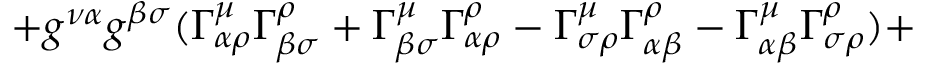
+ g ^ { \nu \alpha } g ^ { \beta \sigma } ( \Gamma _ { \alpha \rho } ^ { \mu } \Gamma _ { \beta \sigma } ^ { \rho } + \Gamma _ { \beta \sigma } ^ { \mu } \Gamma _ { \alpha \rho } ^ { \rho } - \Gamma _ { \sigma \rho } ^ { \mu } \Gamma _ { \alpha \beta } ^ { \rho } - \Gamma _ { \alpha \beta } ^ { \mu } \Gamma _ { \sigma \rho } ^ { \rho } ) +